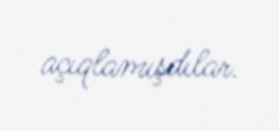
açıqlamışdılar.